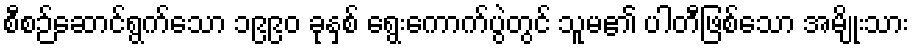
စီစဉ်ဆောင်ရွက်သော ၁၉၉၀ ခုနှစ် ရွေးကောက်ပွဲတွင် သူမ၏ ပါတီဖြစ်သော အမျိုးသား